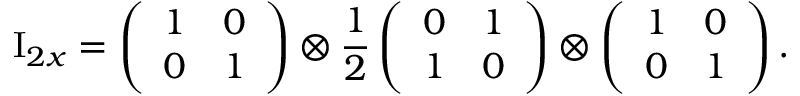
\mathrm { I } _ { 2 x } = \left( \begin{array} { l l } { 1 } & { 0 } \\ { 0 } & { 1 } \end{array} \right) \otimes \frac { 1 } { 2 } \left( \begin{array} { l l } { 0 } & { 1 } \\ { 1 } & { 0 } \end{array} \right) \otimes \left( \begin{array} { l l } { 1 } & { 0 } \\ { 0 } & { 1 } \end{array} \right) .